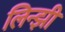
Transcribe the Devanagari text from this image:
लिन्झी